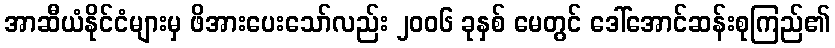
အာဆီယံနိုင်ငံများမှ ဖိအားပေးသော်လည်း ၂၀၀၆ ခုနှစ် မေတွင် ဒေါ်အောင်ဆန်းစုကြည်၏